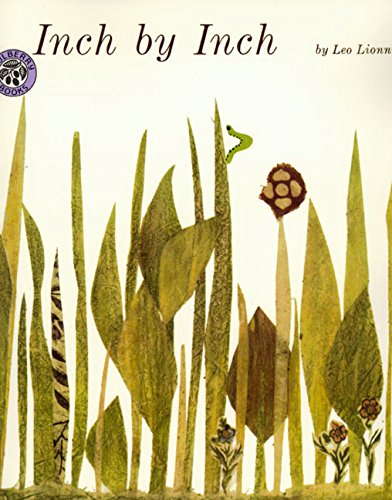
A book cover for Inch by Inch; Leo Lionni; Children's Books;